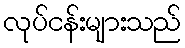
လုပ်ငန်းများသည်